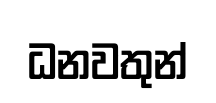
ධනවතුන්